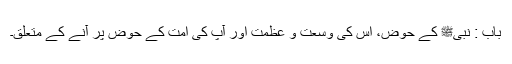
باب : نبیﷺ کے حوض، اس کی وسعت و عظمت اور آپ کی امت کے حوض پر آنے کے متعلق۔